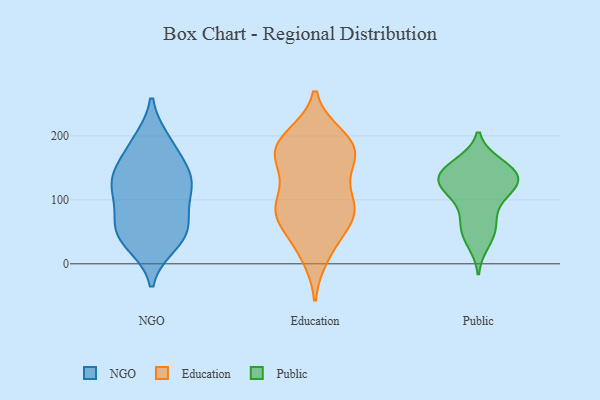
{"axis": {"x": "Production Output", "y": "Value"}, "legend": ["Education", "NGO", "Public"], "data": [{"x": "", "y": 53, "type": "NGO"}, {"x": "", "y": 129, "type": "NGO"}, {"x": "", "y": 94, "type": "NGO"}, {"x": "", "y": 192, "type": "NGO"}, {"x": "", "y": 31, "type": "NGO"}, {"x": "", "y": 125, "type": "NGO"}, {"x": "", "y": 127, "type": "NGO"}, {"x": "", "y": 190, "type": "NGO"}, {"x": "", "y": 44, "type": "NGO"}, {"x": "", "y": 56, "type": "NGO"}, {"x": "", "y": 79, "type": "NGO"}, {"x": "", "y": 125, "type": "NGO"}, {"x": "", "y": 40, "type": "NGO"}, {"x": "", "y": 163, "type": "NGO"}, {"x": "", "y": 142, "type": "NGO"}, {"x": "", "y": 179, "type": "Education"}, {"x": "", "y": 199, "type": "Education"}, {"x": "", "y": 168, "type": "Education"}, {"x": "", "y": 190, "type": "Education"}, {"x": "", "y": 190, "type": "Education"}, {"x": "", "y": 86, "type": "Education"}, {"x": "", "y": 187, "type": "Education"}, {"x": "", "y": 23, "type": "Education"}, {"x": "", "y": 82, "type": "Education"}, {"x": "", "y": 70, "type": "Education"}, {"x": "", "y": 76, "type": "Education"}, {"x": "", "y": 57, "type": "Education"}, {"x": "", "y": 103, "type": "Education"}, {"x": "", "y": 93, "type": "Education"}, {"x": "", "y": 168, "type": "Education"}, {"x": "", "y": 13, "type": "Education"}, {"x": "", "y": 150, "type": "Education"}, {"x": "", "y": 151, "type": "Education"}, {"x": "", "y": 90, "type": "Education"}, {"x": "", "y": 148, "type": "Public"}, {"x": "", "y": 150, "type": "Public"}, {"x": "", "y": 129, "type": "Public"}, {"x": "", "y": 126, "type": "Public"}, {"x": "", "y": 131, "type": "Public"}, {"x": "", "y": 33, "type": "Public"}, {"x": "", "y": 64, "type": "Public"}, {"x": "", "y": 109, "type": "Public"}, {"x": "", "y": 147, "type": "Public"}, {"x": "", "y": 156, "type": "Public"}, {"x": "", "y": 47, "type": "Public"}, {"x": "", "y": 63, "type": "Public"}, {"x": "", "y": 123, "type": "Public"}, {"x": "", "y": 97, "type": "Public"}, {"x": "", "y": 126, "type": "Public"}]}